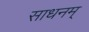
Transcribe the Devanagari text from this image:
साधनम्